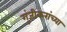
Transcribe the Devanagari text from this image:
गुंजीकरांच्या